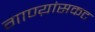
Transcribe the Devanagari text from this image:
गाण्य़ांसकट